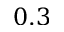
0 . 3